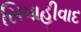
સિપાહીવાદ